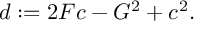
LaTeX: d : = 2 { \cal F } c - { \cal G } ^ { 2 } + c ^ { 2 } .